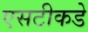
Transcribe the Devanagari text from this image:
एसटीकडे